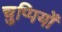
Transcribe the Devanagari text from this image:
चुप्पियों